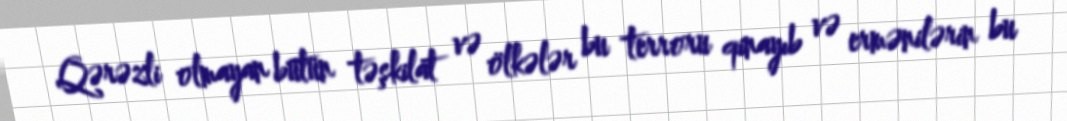
Qərəzli olmayan bütün təşkilat və ölkələr bu terroru qinayıb və ermənilərin bu